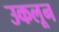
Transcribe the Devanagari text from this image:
उकलून